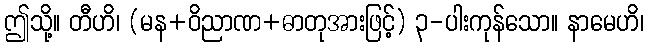
ဤသို့။ တီဟိ၊ (မန+ဝိညာဏ+ဓာတုအားဖြင့်) ၃-ပါးကုန်သော။ နာမေဟိ၊